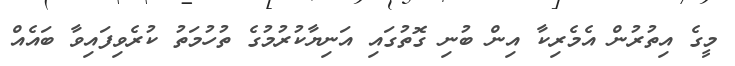
މީގެ އިތުރުން އެމެރިކާ އިން ބުނި ގޮތުގައި އަނިޔާކުރުމުގެ ތުހުމަތު ކުރެވިފައިވާ ބައެއް